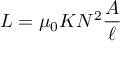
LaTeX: L = \mu _ { 0 } K N ^ { 2 } { \frac { A } { \ell } }